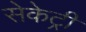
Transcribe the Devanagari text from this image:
सेकेट्री